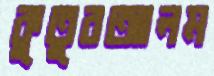
কুতুবআলম